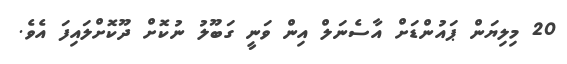
20 މިލިޔަން ޕައުންޑަށް އާސެނަލް އިން ވަނީ ގަބޫލު ނުކޮށް ދޫކޮށްލައިފަ އެވެ.